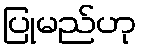
ပြုမည်ဟု